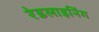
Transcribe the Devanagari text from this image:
रेडलाइनिंग